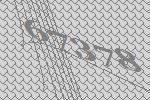
67378